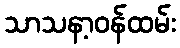
သာသနာ့ဝန်ထမ်း